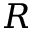
{ \cal R }